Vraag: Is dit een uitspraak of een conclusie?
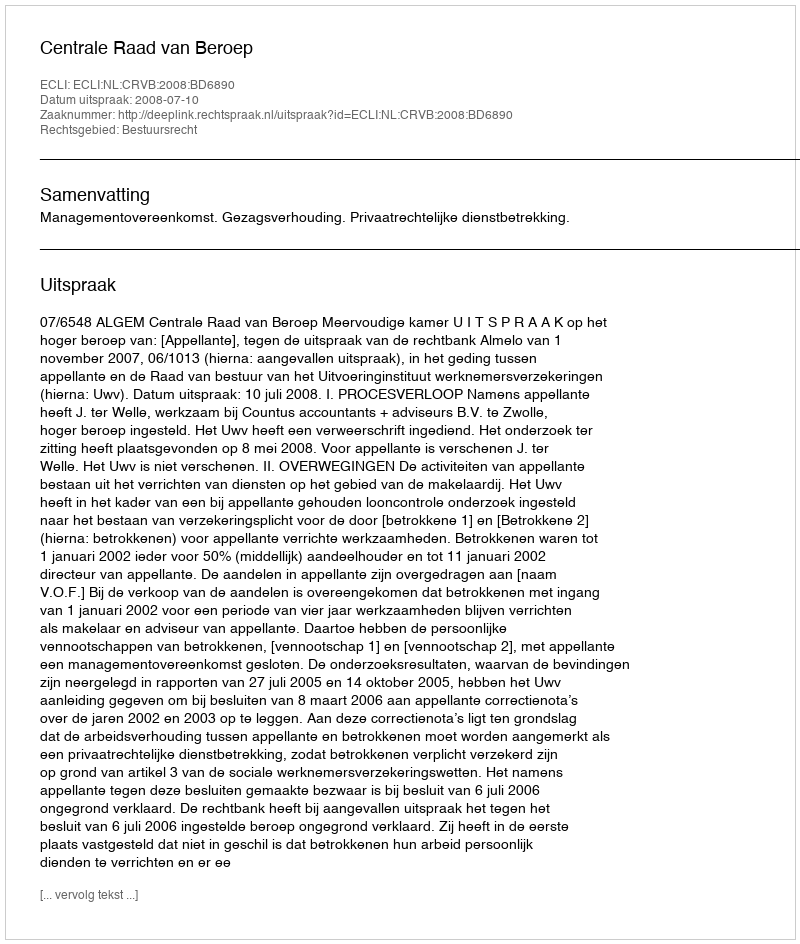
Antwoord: Uitspraak